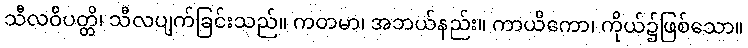
သီလဝိပတ္တိ၊ သီလပျက်ခြင်းသည်။ ကတမာ၊ အဘယ်နည်း။ ကာယိကော၊ ကိုယ်၌ဖြစ်သော။